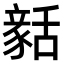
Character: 𧱳